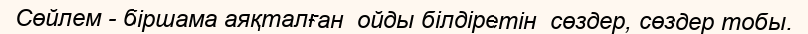
Сөйлем - біршама аяқталған  ойды білдіретін  сөздер, сөздер тобы.